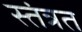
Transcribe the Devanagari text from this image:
स्‍तंत्रत